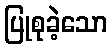
ပြုစုခဲ့သော